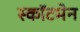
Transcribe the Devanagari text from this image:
स्कॉटमेन